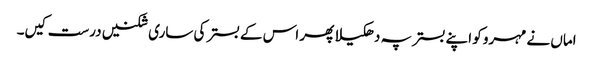
اماں نے مہرو کو اپنے بستر پہ دھکیلا پھر اس کے بستر کی ساری شکنیں درست کیں۔